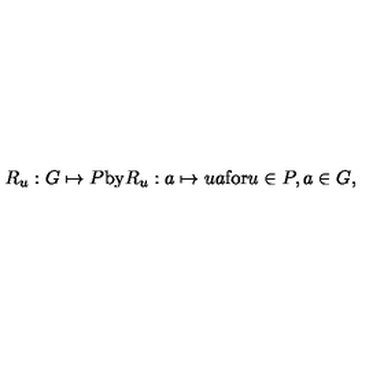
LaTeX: R _ { u } : G \mapsto P \mathrm { b y } R _ { u } : a \mapsto u a \mathrm { f o r } u \in P , a \in G ,